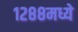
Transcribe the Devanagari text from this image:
१२८८मध्ये